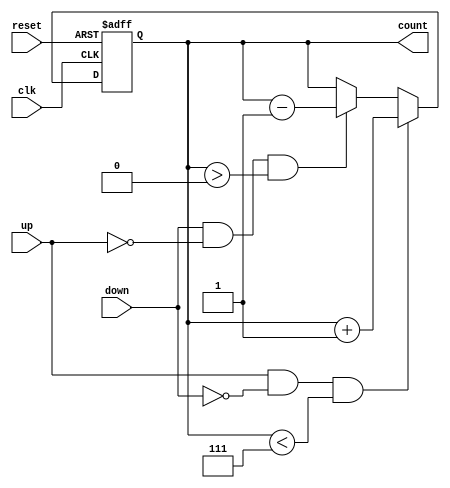
module mod_n_updown_counter (
    input wire clk,
    input wire reset,
    input wire up,
    input wire down,
    output reg [3:0] count // Assuming 4-bit counter
);

parameter N = 8; // Set N to the desired modulo value (e.g., 8)

always @(posedge clk or posedge reset)
begin
    if (reset)
        count <= 4'b0000; // Reset the counter to 0
    else if (up && !down && count < N - 1)
        count <= count + 1; // Count up
    else if (down && !up && count > 0)
        count <= count - 1; // Count down
end

endmodule